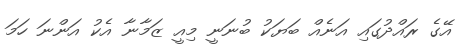
އޭގެ ރައްދުގައި އަނެއް ބަޔަކު ބުނަނީ މިއީ ޒަމާނާ އެކު އަންނަ ހަމަ